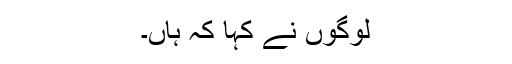
لوگوں نے کہا کہ ہاں۔